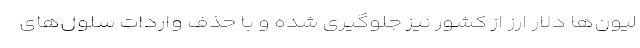
لیون‌ها دلار ارز از كشور نیز جلوگیری شده و با حذف واردات سلول‌های